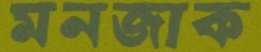
মনজাক